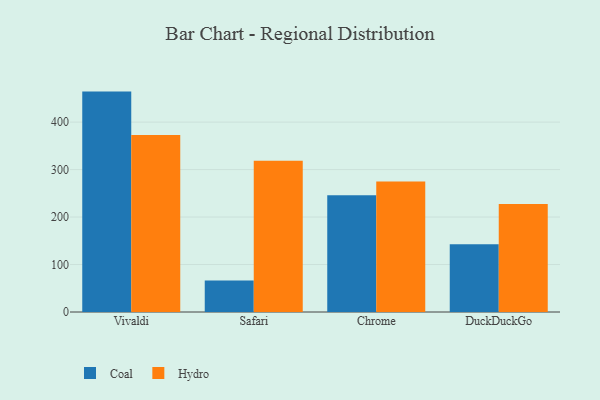
{"axis": {"x": "Browser", "y": "Temperature (°C)"}, "legend": ["Coal", "Hydro"], "data": [{"x": "Vivaldi", "y": 464.3, "type": "Coal"}, {"x": "Vivaldi", "y": 372.8, "type": "Hydro"}, {"x": "Safari", "y": 66.4, "type": "Coal"}, {"x": "Safari", "y": 318.4, "type": "Hydro"}, {"x": "Chrome", "y": 246.2, "type": "Coal"}, {"x": "Chrome", "y": 274.7, "type": "Hydro"}, {"x": "DuckDuckGo", "y": 142.5, "type": "Coal"}, {"x": "DuckDuckGo", "y": 227.4, "type": "Hydro"}]}